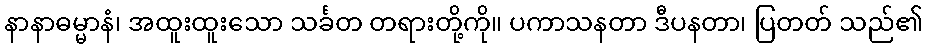
နာနာဓမ္မာနံ၊ အထူးထူးသော သင်္ခတ တရားတို့ကို။ ပကာသနတာ ဒီပနတာ၊ ပြတတ် သည်၏